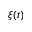
\xi ( t )